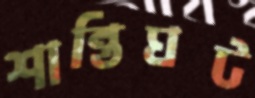
শান্তিঘট